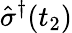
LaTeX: \hat{\sigma}^{\dagger}(t_{2})